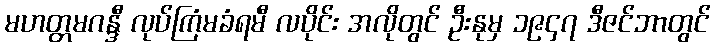
မဟတ္တမဂန္ဒီ လုပ်ကြံမခံရမီ လပိုင်း အလိုတွင် ဦးနုမှ ၁၉၄၇ ဒီဇင်ဘာတွင်